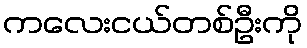
ကလေးငယ်တစ်ဦးကို